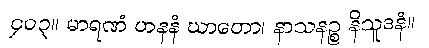
၄၀၃။ မာရဏံ ဟနနံ ဃာတော၊ နာသနဉ္စ နိသူဒနံ။